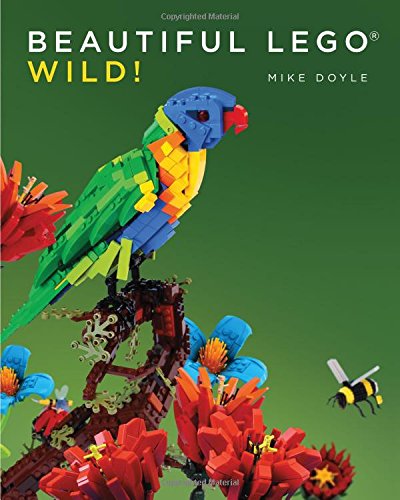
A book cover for Beautiful LEGO: Wild!; Mike Doyle; Humor & Entertainment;